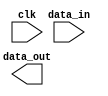
`timescale 1ns / 1ps


module mem(
    input clk,
    input [7:0] data_in,
    output [23:0] data_out
    );
    
endmodule